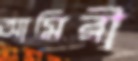
আমিরী